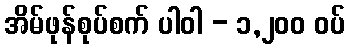
အိမ်ဖုန်စုပ်စက် ပါဝါ - ၁,၂၀၀ ဝပ်